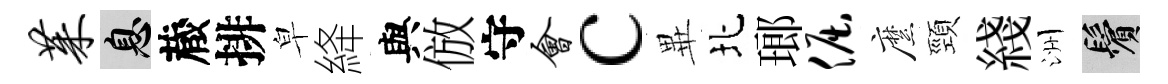
茱息蔵排皁絳與倣守会c𭺾北瑯倔縻頸綫洲鬢